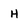
Character: H